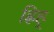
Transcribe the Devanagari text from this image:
ह्रिह्